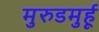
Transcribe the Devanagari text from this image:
मुरुडमुर्हू